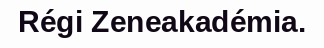
Régi Zeneakadémia.